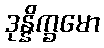
ဒုန္နိက္ခမော